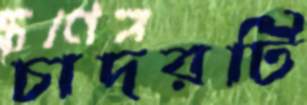
চাদরটি